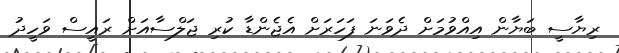
ރިޔާސީ ބަޔާން އިއްވުމަށް ދެވަނަ ފަހަރަށް އެޖެންޑާ ކުރި ޖަލްސާއަށް ރައީސް ވަހީދު